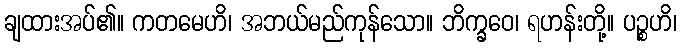
ချထားအပ်၏။ ကတမေဟိ၊ အဘယ်မည်ကုန်သော။ ဘိက္ခဝေ၊ ရဟန်းတို့။ ပဉ္စဟိ၊